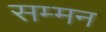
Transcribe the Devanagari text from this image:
सम्‍मन